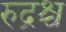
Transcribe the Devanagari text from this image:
रुद्रश्च